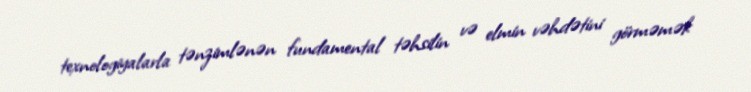
texnologiyalarla tənzimlənən fundamental təhsilin və elmin vəhdətini görməmək